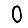
Digit: 0